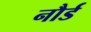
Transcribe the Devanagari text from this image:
नौर्ड